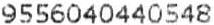
9556040440548